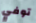
توفي